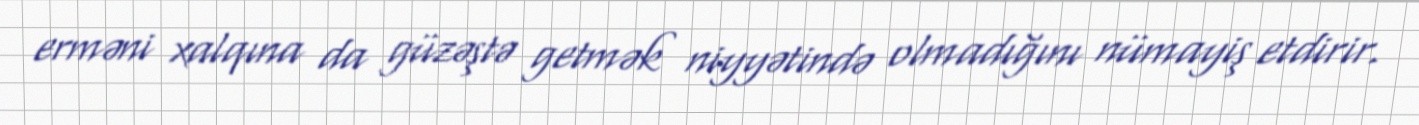
erməni xalqına da güzəştə getmək niyyətində olmadığını nümayiş etdirir.